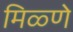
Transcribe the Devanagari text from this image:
मिळ्णे